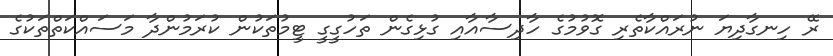
ރޭ ހިނގާދިޔަ ނުރައްކާތެރި ގޮވުމުގެ ހާދިސާއާއި ގުޅިގެން ތަހުގީގީ ޓީމުތަކުން ކުރަމުންދާ މަސައްކަތްތަކުގެ